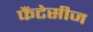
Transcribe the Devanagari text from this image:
फैंटेसीज